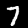
Label: 7